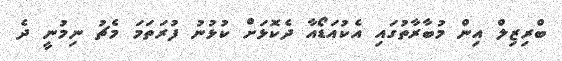
ބްރިޒިލް އިން މުބާރާތުގައި އެކުއަޑޯއާ ދެކޮޅަށް ކުޅުނު ފުރަތަމަ މެޗު ނިމުނީ ދެ